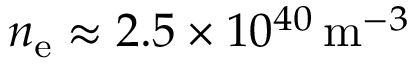
n _ { \mathrm { e } } \approx 2 . 5 \times 1 0 ^ { 4 0 } \, \mathrm { m } ^ { - 3 }